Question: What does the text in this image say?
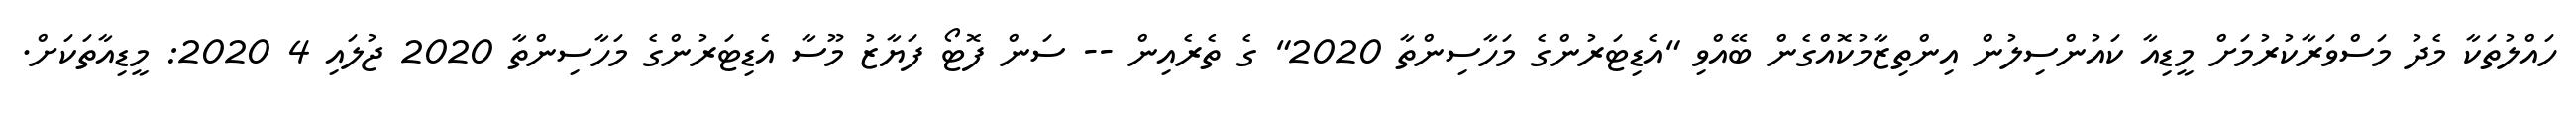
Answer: ހައްލުތަކާ މެދު މަސްވަރާކުރުމަށް މީޑިއާ ކައުންސިލުން އިންތިޒާމުކޮއްގެން ބޭއްވި "އެޑިޓަރުންގެ މަހާސިންތާ 2020" ގެ ތެރެއިން -- ސަން ފޮޓޯ ފަޔާޒު މޫސާ އެޑިޓަރުންގެ މަހާސިންތާ 2020 ޖުލައި 4 2020: މީޑިއާތަކަށް.